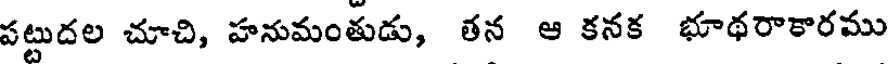
పట్టుదల చూచి, హనుమంతుడు, తన ఆ కనక భూథరాకారము